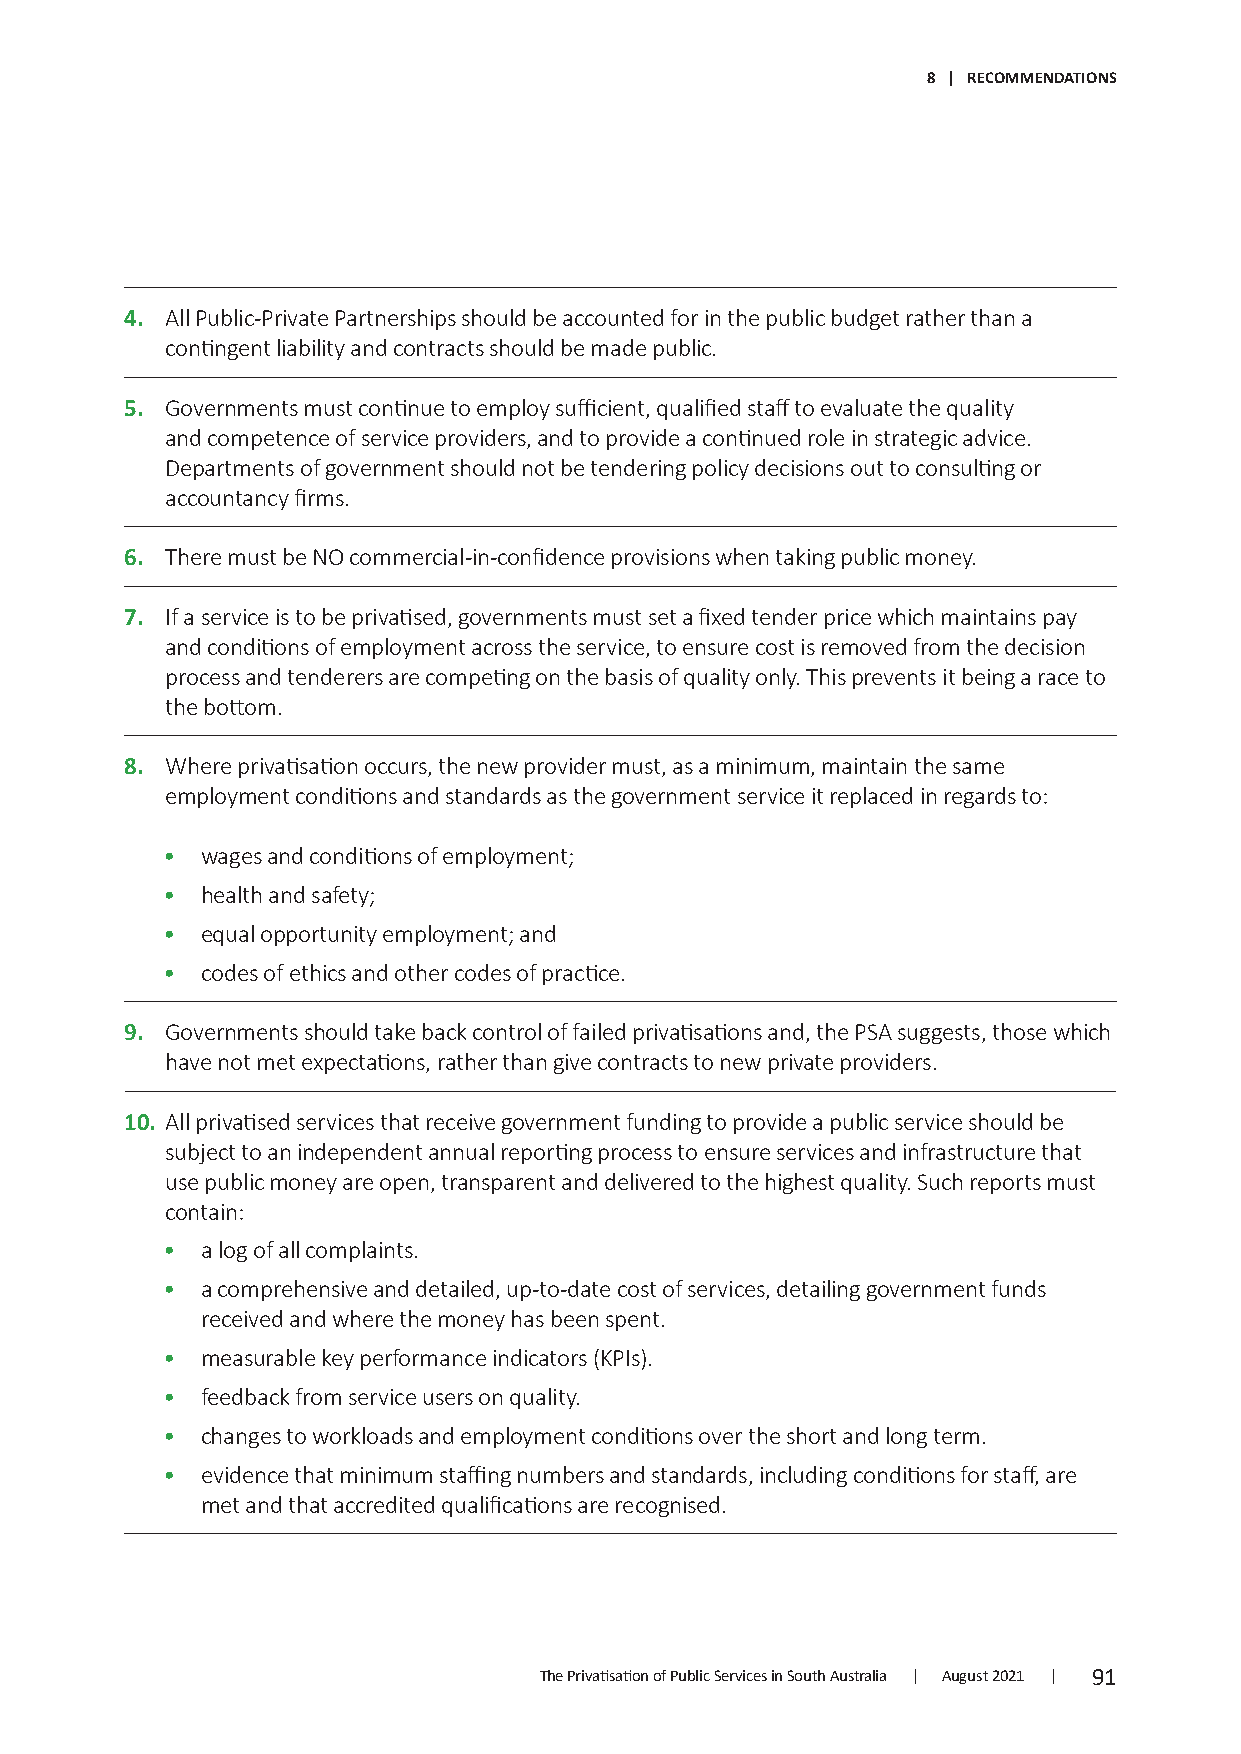
8 | RECOMMENDATIONS
 4 . All Public-Private Partnerships should be accounted for in the public budget rather than a
 contingent liability and contracts should be made public.
 5. Governments must continue to employ sufficient, qualified staff to evaluate the quality
 and competence of service providers, and to provide a continued role in strategic advice.
 Departments of government should not be tendering policy decisions out to consulting or
 accountancy firms.
 6 . There must be NO commercial-in-confidence provisions when taking public money.
 7. I f a service is to be privatised, governments must set a fixed tender price which maintains pay
 and conditions of employment across the service, to ensure cost is removed from the decision
 process and tenderers are competing on the basis of quality only. This prevents it being a race to
 the bottom.
 8 . Where privatisation occurs, the new provider must, as a minimum, maintain the same
 employment conditions and standards as the government service it replaced in regards to:
 • wages and conditions of employment;
 • health and safety;
 • equal opportunity employment; and
 • codes of ethics and other codes of practice.
 9. Governments should take back control of failed privatisations and, the PSA suggests, those which
 have not met expectations, rather than give contracts to new private providers.
 10 . A ll privatised services that receive government funding to provide a public service should be
 subject to an independent annual reporting process to ensure services and infrastructure that
 use public money are open, transparent and delivered to the highest quality. Such reports must
 contain:
 • a log of all complaints.
 • a comprehensive and detailed, up-to-date cost of services, detailing government funds
 received and where the money has been spent.
 • measurable key performance indicators (KPIs).
 • feedback from service users on quality.
 • changes to workloads and employment conditions over the short and long term.
 • evidence that minimum staffing numbers and standards, including conditions for staff, are
 met and that accredited qualifications are recognised.
 The Privatisation of Public Services in South Australia | August 2021 | 91